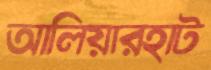
আলিয়ারহাট